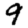
Digit: 9